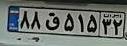
۸۸ق۵۱۵۳۲